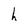
Character: h